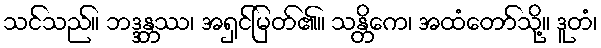
သင်သည်။ ဘဒ္ဒန္တဿ၊ အရှင်မြတ်၏။ သန္တိကေ၊ အထံတော်သို့။ ဒူတံ၊